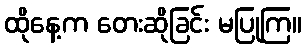
ထိုနေ့က တေးဆိုခြင်း မပြုကြ။